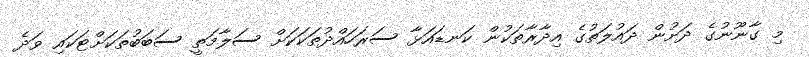
މި ގާނޫނުގެ ދަށުން ދައުލަތުގެ އިދާރާތަކުން ކަނޑައަޅާ ސަރަހައްދުތަކަކަށް ސަލާމަތީ ސަބަބުތަކަށްޓަކައި ވަދެ